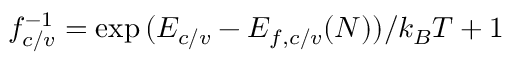
f _ { c / v } ^ { - 1 } = \exp { ( E _ { c / v } - E _ { f , c / v } ( N ) ) / k _ { B } T } + 1